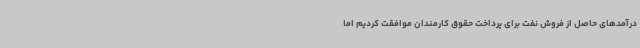
درآمدهای حاصل از فروش نفت برای پرداخت حقوق کارمندان موافقت کردیم اما